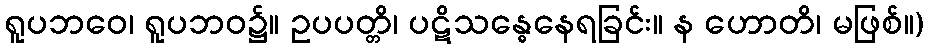
ရူပဘဝေ၊ ရူပဘဝ၌။ ဥပပတ္တိ၊ ပဋိသန္ဓေနေရခြင်း။ န ဟောတိ၊ မဖြစ်။)